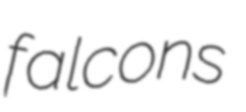
falcons